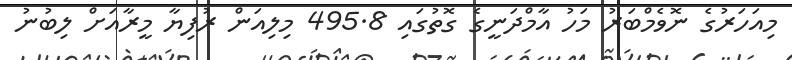
މިއަހަރުގެ ނޮވެމްބަރު މަހު އާމްދަނީގެ ގޮތުގައި 495.8 މިލިއަން ރުފިޔާ މީރާއަށް ލިބުނު